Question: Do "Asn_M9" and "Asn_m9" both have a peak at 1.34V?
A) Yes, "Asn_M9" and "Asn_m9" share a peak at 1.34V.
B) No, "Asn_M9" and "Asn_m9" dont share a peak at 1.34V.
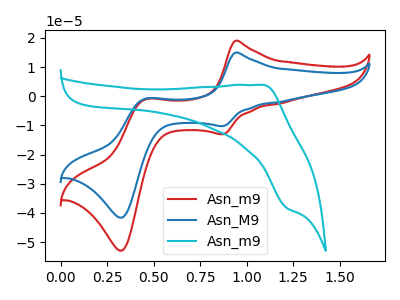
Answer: <think>The red curve "Asn_m9" has anodic peaks at (0.95V, 19.00uA) (0.45V, -1.05uA) and cathodic peaks at (0.85V, -13.00uA) (0.35V, -52.95uA). The blue curve "Asn_M9" has anodic peaks at (0.95V, 14.95uA) (0.45V, -0.85uA) and cathodic peaks at (0.85V, -10.25uA) (0.35V, -41.65uA). The cyan curve "Asn_m9" has an anodic peak at (1.10V, 3.90uA) and a cathodic peak at (1.20V, -38.35uA).</think>
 <answer>B) No, "Asn_M9" and "Asn_m9" dont share a peak at 1.34V.</answer>
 <eval>B</eval>